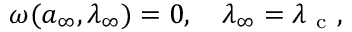
\begin{array} { r } { \omega ( { a } _ { \infty } , \lambda _ { \infty } ) = 0 , \quad \lambda _ { \infty } = \lambda _ { \mathrm { ~ c ~ } } , } \end{array}